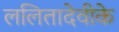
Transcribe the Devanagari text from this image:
ललितादेवीके